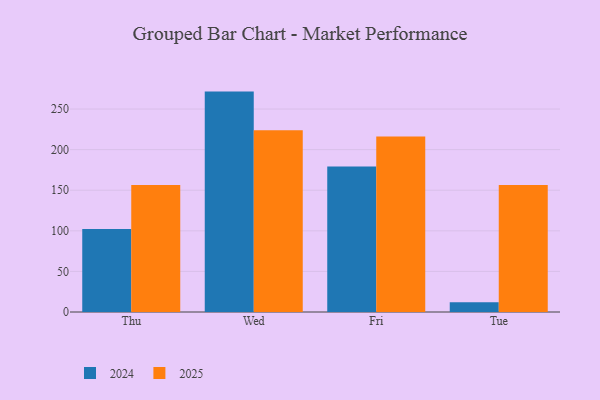
{"axis": {"x": "Day", "y": "Budget (USD K)"}, "legend": ["2024", "2025"], "data": [{"x": "Thu", "y": 156.3, "type": "2025"}, {"x": "Thu", "y": 102.1, "type": "2024"}, {"x": "Wed", "y": 224.0, "type": "2025"}, {"x": "Wed", "y": 271.5, "type": "2024"}, {"x": "Fri", "y": 216.3, "type": "2025"}, {"x": "Fri", "y": 179.3, "type": "2024"}, {"x": "Tue", "y": 156.5, "type": "2025"}, {"x": "Tue", "y": 12.0, "type": "2024"}]}